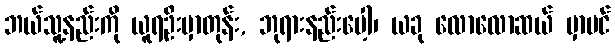
ဘယ်သူ့နည်းကို ယူရဦးမှာတုန်း, ဘုရားနည်းပေါ့၊ ယခု လောလောဆယ် မှာပင်